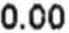
0.00